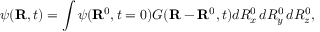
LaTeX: \psi ( \mathbf { R } , t ) = \int \psi ( \mathbf { R } ^ { 0 } , t = 0 ) G ( \mathbf { R } - \mathbf { R } ^ { 0 } , t ) d R _ { x } ^ { 0 } \, d R _ { y } ^ { 0 } \, d R _ { z } ^ { 0 } ,